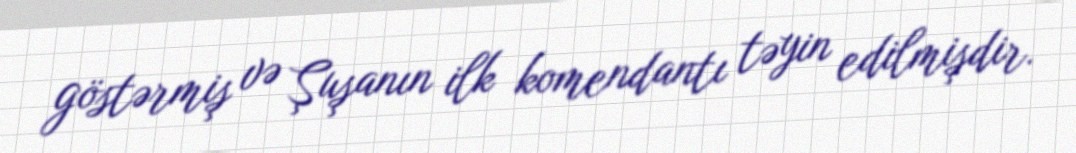
göstərmiş və Şuşanın ilk komendantı təyin edilmişdir.